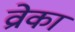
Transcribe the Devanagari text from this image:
व्रोका